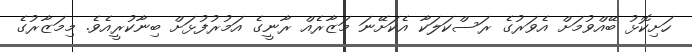
ހަށިކޮޅު ބޭއްވުމަށް އެވަރުގެ ރަސްކަލަކާ އެކަށޭނަ މަޒާރެއް ރާނީގެ އަމުރުފުޅަށް ބިނާކުރީއެވެ. މިމަޒާރުގެ